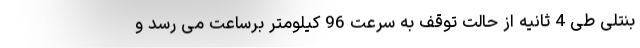
بنتلی طی 4 ثانیه از حالت توقف به سرعت 96 کیلومتر برساعت می رسد و